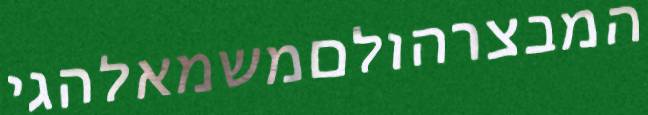
המבצרהולםמשמאלהגי